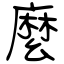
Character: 麼